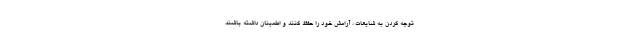
توجه کردن به شایعات ، آرامش خود را حفظ کنند و اطمینان داشته باشند